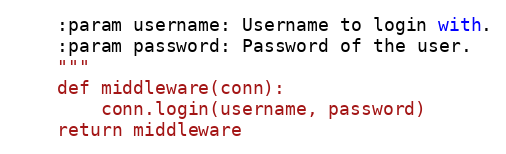
Language: Python
    :param username: Username to login with.
    :param password: Password of the user.
    """
    def middleware(conn):
        conn.login(username, password)
    return middleware